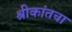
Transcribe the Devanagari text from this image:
श्रीकांतचा